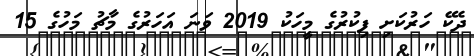
ދެކޭ ހަރުކަށި ފިކުރުގެ މީހަކު 2019 ވަނަ އަހަރުގެ މާޗު މަހުުގެ 15